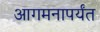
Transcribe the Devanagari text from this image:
आगमनापर्यंत